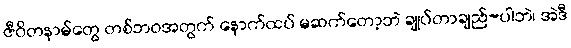
ဇီဝိတနာမ်တွေ တစ်ဘဝအတွက် နောက်ထပ် မဆက်တော့ဘဲ ချုပ်တာချည်-ပါဘဲ၊ အဲဒီ